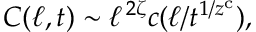
C ( \ell , t ) \sim \ell ^ { \, 2 \zeta } c ( \ell / t ^ { 1 / z ^ { \mathrm { c } } } ) ,